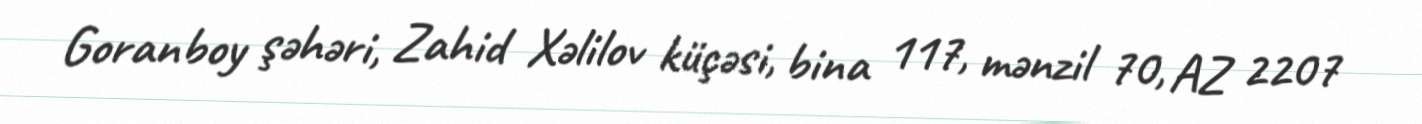
Goranboy şəhəri, Zahid Xəlilov küçəsi, bina 117, mənzil 70, AZ 2207